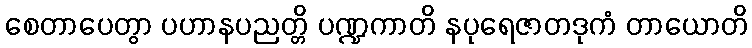
စေတာပေတွာ ပဟာနပညတ္တိ ပဏ္ဍကာတိ နပုရေဇာတဒုကံ တာယောတိ